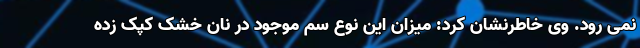
نمی ‌رود. وی خاطرنشان کرد: میزان این نوع سم موجود در نان خشک کپک زده